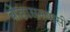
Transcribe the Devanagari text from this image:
बोछासनवासी